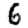
Digit: 6